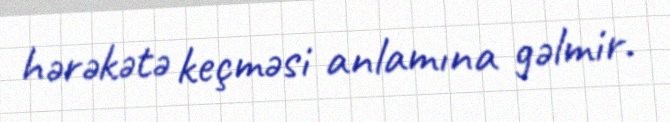
hərəkətə keçməsi anlamına gəlmir.